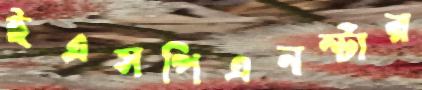
ইএসপিএনস্টার